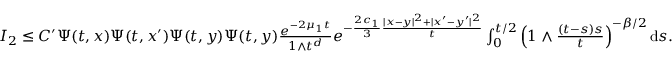
\begin{array} { r } { I _ { 2 } \le C ^ { \prime } \Psi ( t , x ) \Psi ( t , x ^ { \prime } ) \Psi ( t , y ) \Psi ( t , y ) \frac { e ^ { - 2 \mu _ { 1 } t } } { 1 \wedge t ^ { d } } e ^ { - \frac { 2 c _ { 1 } } { 3 } \frac { | x - y | ^ { 2 } + | x ^ { \prime } - y ^ { \prime } | ^ { 2 } } { t } } \int _ { 0 } ^ { t / 2 } \left( 1 \wedge \frac { ( t - s ) s } { t } \right) ^ { - \beta / 2 } \ensuremath { \mathrm { d } } s . } \end{array}